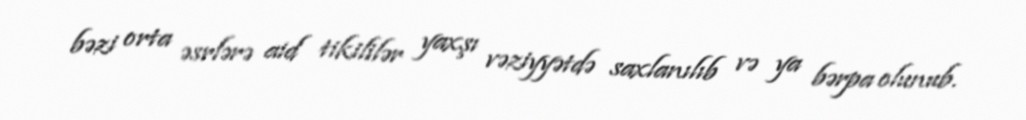
bəzi orta əsrlərə aid tikililər yaxşı vəziyyətdə saxlanılıb və ya bərpa olunub.